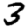
Digit: 3